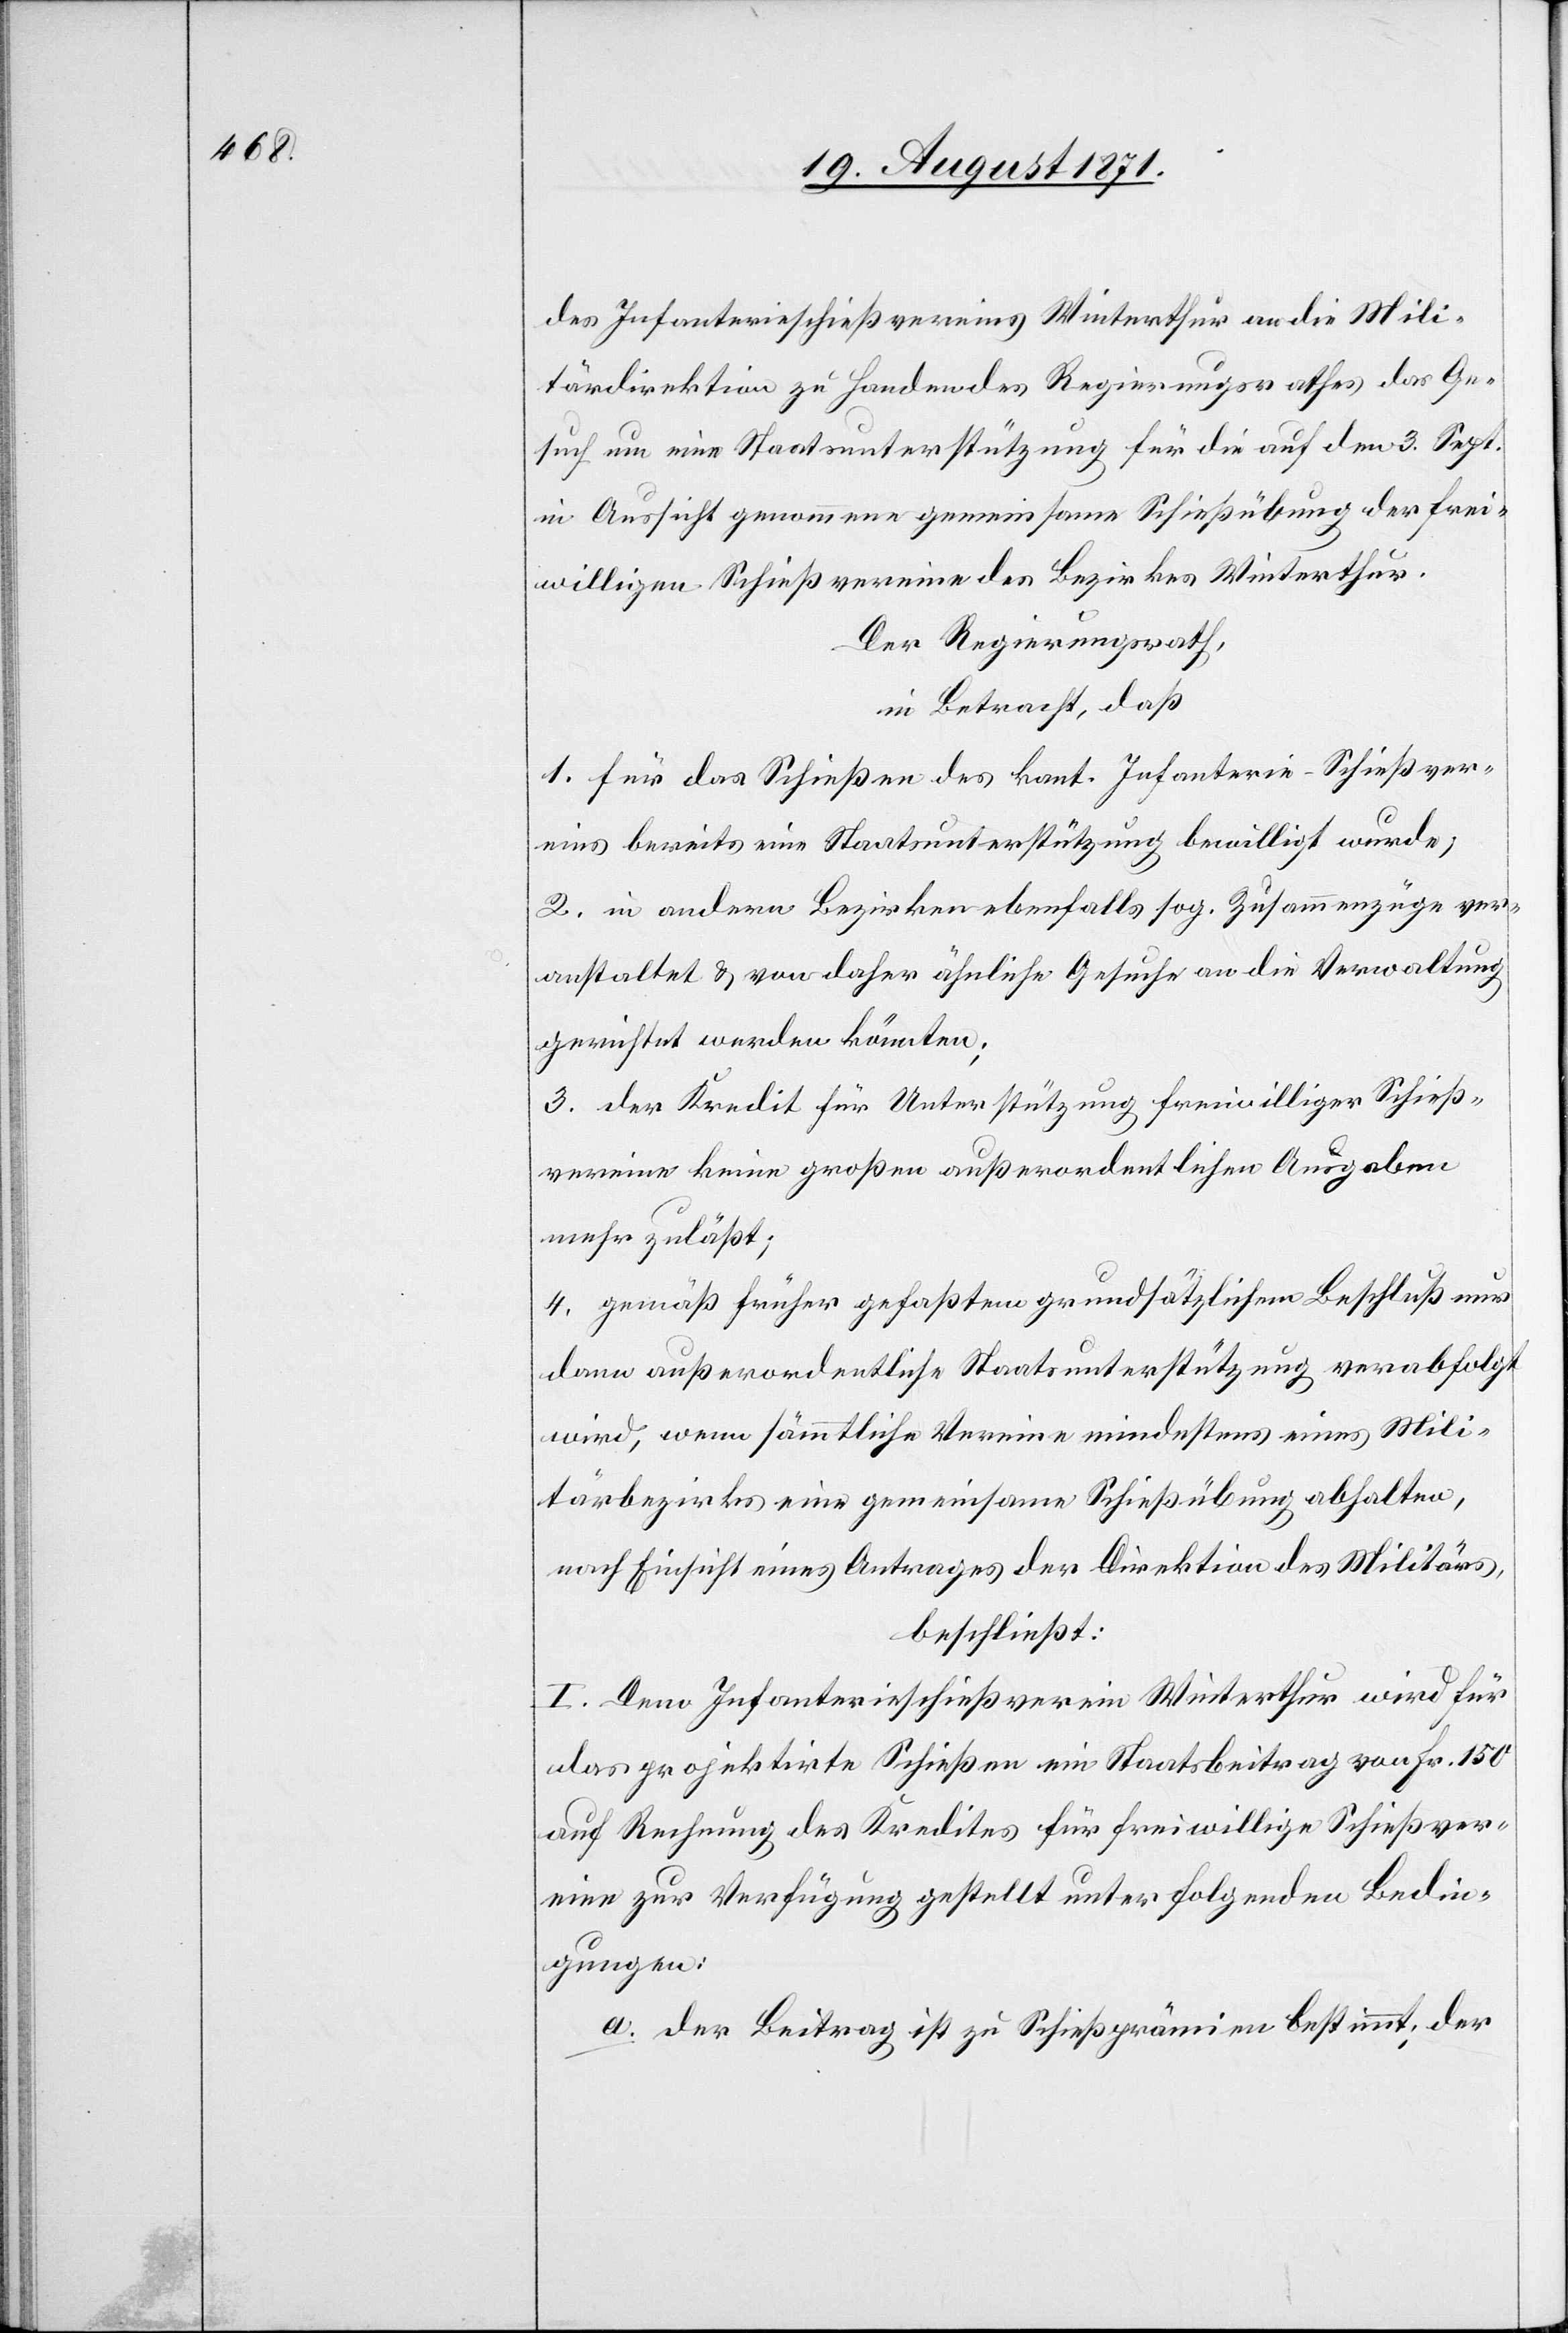
des Infanterieschießvereins Winterthur an die Mili¬
tärdirektion zu Handen des Regierungsrathes das Ge¬
such um eine Staatsunterstützung für die auf den 3. Sept.
in Aussicht genommene gemeinsame Schießübung der frei¬
willigen Schießvereine des Bezirks Winterthur.
Der Regierungsrath,
in Betracht, daß
1. für das Schießen des kant. Infanterie-Schießver¬
eins bereits eine Staatsunterstützung bewilligt wurde;
2. in anderen Bezirken ebenfalls sog. Zusammenzüge ver¬
anstaltet & von daher ähnliche Gesuche an die Verwaltung
gerichtet werden könnten;
3. der Kredit für Unterstützung freiwilliger Schieß¬
vereine keine großen außerordentlichen Ausgaben
mehr zulässt;
4. gemäß früher gefasstem grundsätzlichen Beschluß nur
dann außerordentliche Staatsunterstützung verabfolgt
wird, wenn sämmtliche Vereine mindestens eines Mili¬
tärbezirks eine gemeinsame Schießübung abhalten,
nach Einsicht eines Antrages der Direktion des Militärs,
beschließt:
I. Dem Infanterieschießverein Winterthur wird für
das projektirte Schießen ein Staatsbeitrag von Fr. 150
auf Rechnung des Kredites für freiwillige Schießver¬
eine zur Verfügung gestellt unter folgenden Bedin¬
gungen:
a. der Beitrag ist zu Schießprämien bestimmt; der